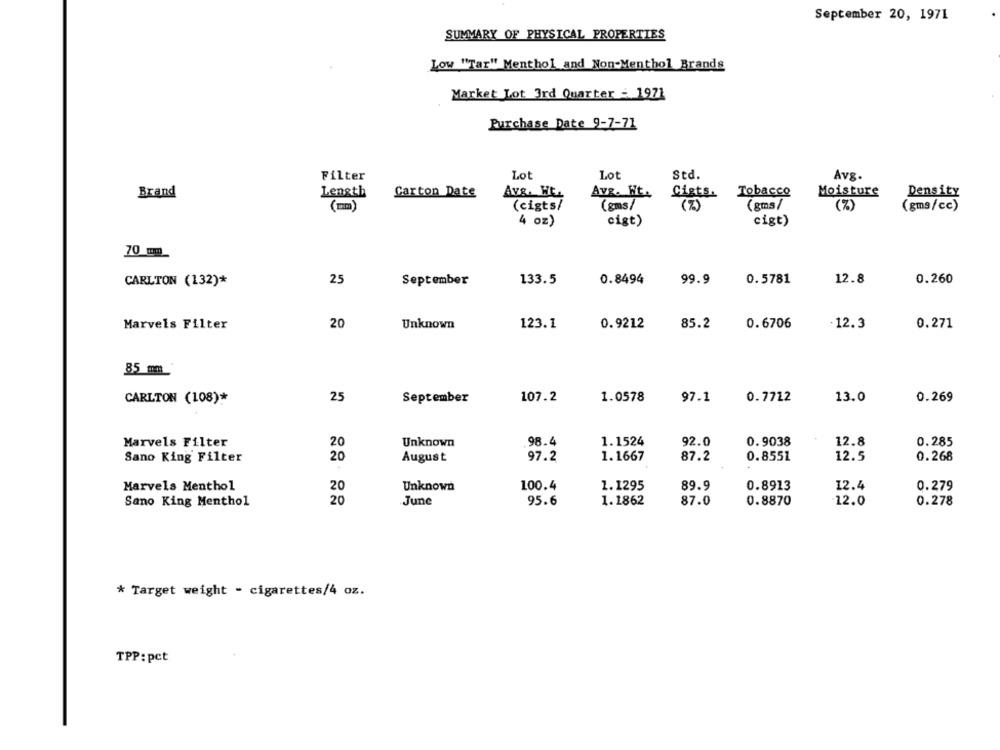
September 20, 1971
SUMMARY OF PHYSICAL PROPERTIES
Low "Tar" Menthol and Non-Menthol Brands
Market Lot 3rd Quarter - 1971
Purchase Date 9-7-71
Filter
Lot
Lot
std.
Av&.
Brand
Length
Carton Date
Avg. WE.
Avg. Wt.
Cigts.
Tobacco
Moisture
Density
(mm)
(cigts/
(gms/
(%)
(gms /
(%)
(gms/cc)
4 oz)
cigt)
cigt)
70 mm
CARLTON (132)*
25
September
133.5
0.8494
99.9
0.5781
12.8
0.260
Marvels Filter
20
Unknown
123.1
0.9212
85.2
0.6706
12.3
0.271
85 mm
25
107.2
1.0578
97.1
0.7722
13.0
CARLTON (108)*
September
0.269
Marvels Filter
Unknown
.98.4
1.1524
92.0
0.9038
12.8
0.285
20
Sano King Filter
20
97.2
1.1667
87.2
0.8551
12.5
0.268
August
Marvels Menthol
Unknown
100.4
1.1295
89.9
0.8913
12.4
0.279
20
Sano King Menthol
20
June
95.6
1.1862
87.0
0.8870
12.0
0.278
* Target weight - cigarettes/4 oz.
TPP: pct